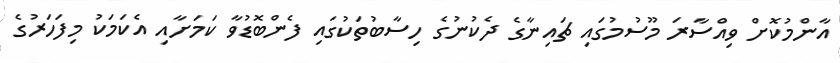
އާންމުކޮށް ވިއްސާރަ މޫސުމުގައި ޗައިނާގެ ދެކުނުގެ ހިސާބުތަކުގައި ފެންބޮޑުވާ ކަމަށާއި އެކަމަކު މިފަހަރުގެ